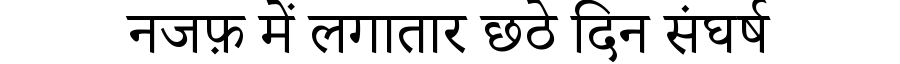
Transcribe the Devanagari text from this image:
नजफ़ में लगातार छठे दिन संघर्ष